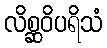
လိစ္ဆဝိပရိသံ